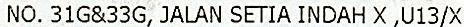
NO. 31G&33G, JALAN SETIA INDAH X ,U13/X